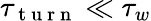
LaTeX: \tau_{\mathrm{~t~u~r~n~}}\ll\tau_{w}